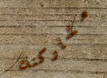
مشاركتك